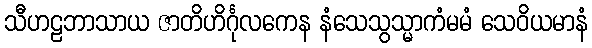
သီဟဠဘာသာယ ဇာတိဟိင်္ဂုလကေန နံသေသွသ္မာကံမမံ သေဝိယမာနံ